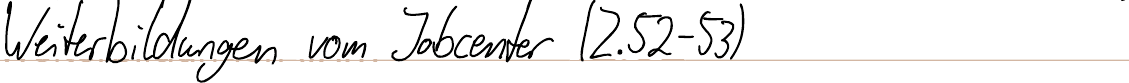
Weiterbildungen vom Jobcenter (Z.52-53)